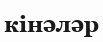
кінәләр